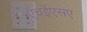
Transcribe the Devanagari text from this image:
एचईएसए